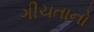
ગીચતાનો